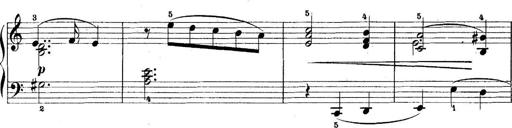
Title: 5 Sonatinas
Composer: Theodor Kirchner